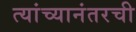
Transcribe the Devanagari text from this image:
त्यांच्यानंतरची